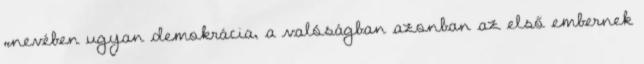
„nevében ugyan demokrácia, a valóságban azonban az első embernek